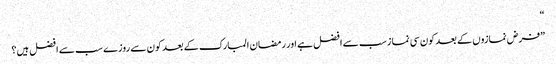
“
”فرض نمازوں کے بعد کون سی نما زسب سے افضل ہے اور رمضان المبارک کے بعد کون سے روزے سب سے افضل ہیں؟